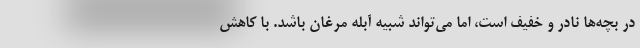
در بچه‌ها نادر و خفیف است، اما می‌تواند شبیه آبله مرغان باشد. با کاهش